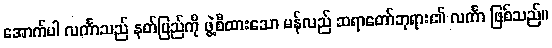
အောက်ပါ လင်္ကာသည် နတ်ပြည်ကို ဖွဲ့စီထားသော မန်လည် ဆရာတော်ဘုရား၏ လင်္ကာ ဖြစ်သည်။